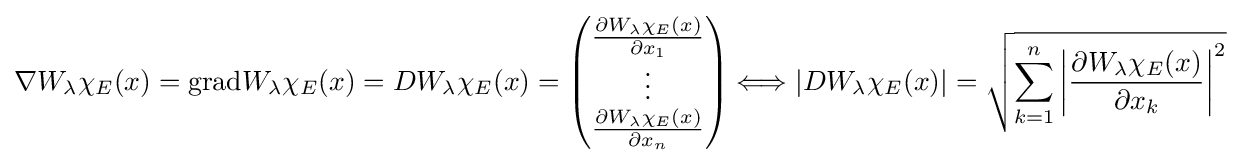
\nabla W_{\lambda }\chi _{E}(x)=\mathrm {grad} W_{\lambda }\chi _{E}(x)=DW_{\lambda }\chi _{E}(x)={\begin{pmatrix}{\frac {\partial W_{\lambda }\chi _{E}(x)}{\partial x_{1}}}\\\vdots \\{\frac {\partial W_{\lambda }\chi _{E}(x)}{\partial x_{n}}}\\\end{pmatrix}}\Longleftrightarrow \left|DW_{\lambda }\chi _{E}(x)\right|={\sqrt {\sum _{k=1}^{n}\left|{\frac {\partial W_{\lambda }\chi _{E}(x)}{\partial x_{k}}}\right|^{2}}}